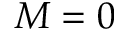
M = 0